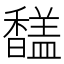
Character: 𩡚